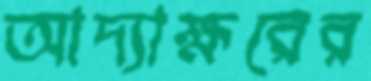
আদ্যাক্ষরের